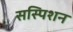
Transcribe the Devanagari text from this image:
सस्पिशन